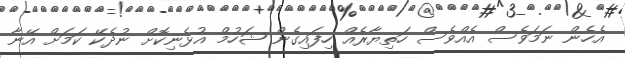
އެހެން ނަމަވެސް އެއްވެސް ހަތިޔާރެއް ހިފައިގެން ޝަހުމް އުޅެނިކޮށް ނުދެކޭ ކަމަށް އޭނާ